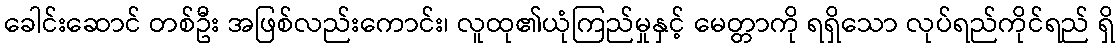
ခေါင်းဆောင် တစ်ဦး အဖြစ်လည်းကောင်း၊ လူထု၏ယုံကြည်မှုနှင့် မေတ္တာကို ရရှိသော လုပ်ရည်ကိုင်ရည် ရှိ